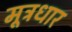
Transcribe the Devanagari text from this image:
मूत्रधार